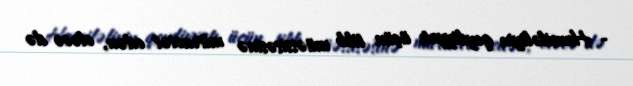
- Hamiləliyin qeydiyyatı üçün tibb müəssisəsinə müraciət edən, eləcə də